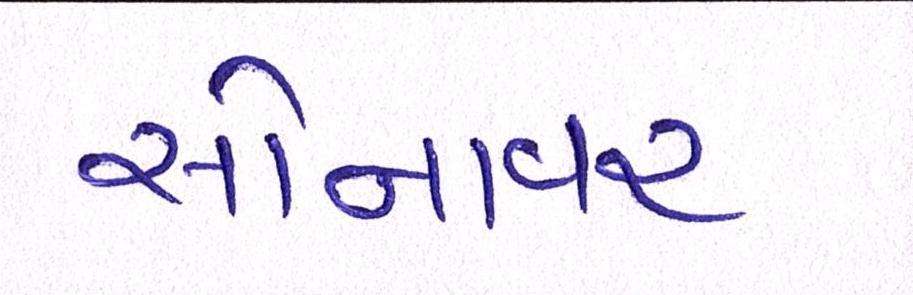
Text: સોનાવર